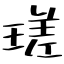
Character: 瑳